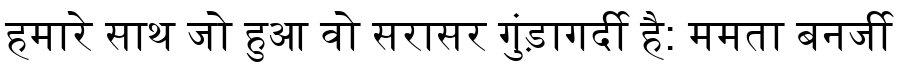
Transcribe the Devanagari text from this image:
हमारे साथ जो हुआ वो सरासर गुंड़ागर्दी है: ममता बनर्जी